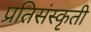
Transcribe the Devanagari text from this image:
प्रतिसंस्कृती